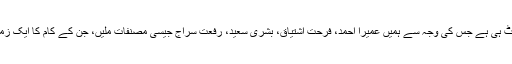
یہ خواتین ڈائجسٹ ہی ہے جس کی وجہ سے ہمیں عمیرا احمد، فرحت اشتیاق، بشریٰ سعید، رفعت سراج جیسی مصنفات ملیں، جن کے کام کا ایک زمانہ متعرف ہے۔